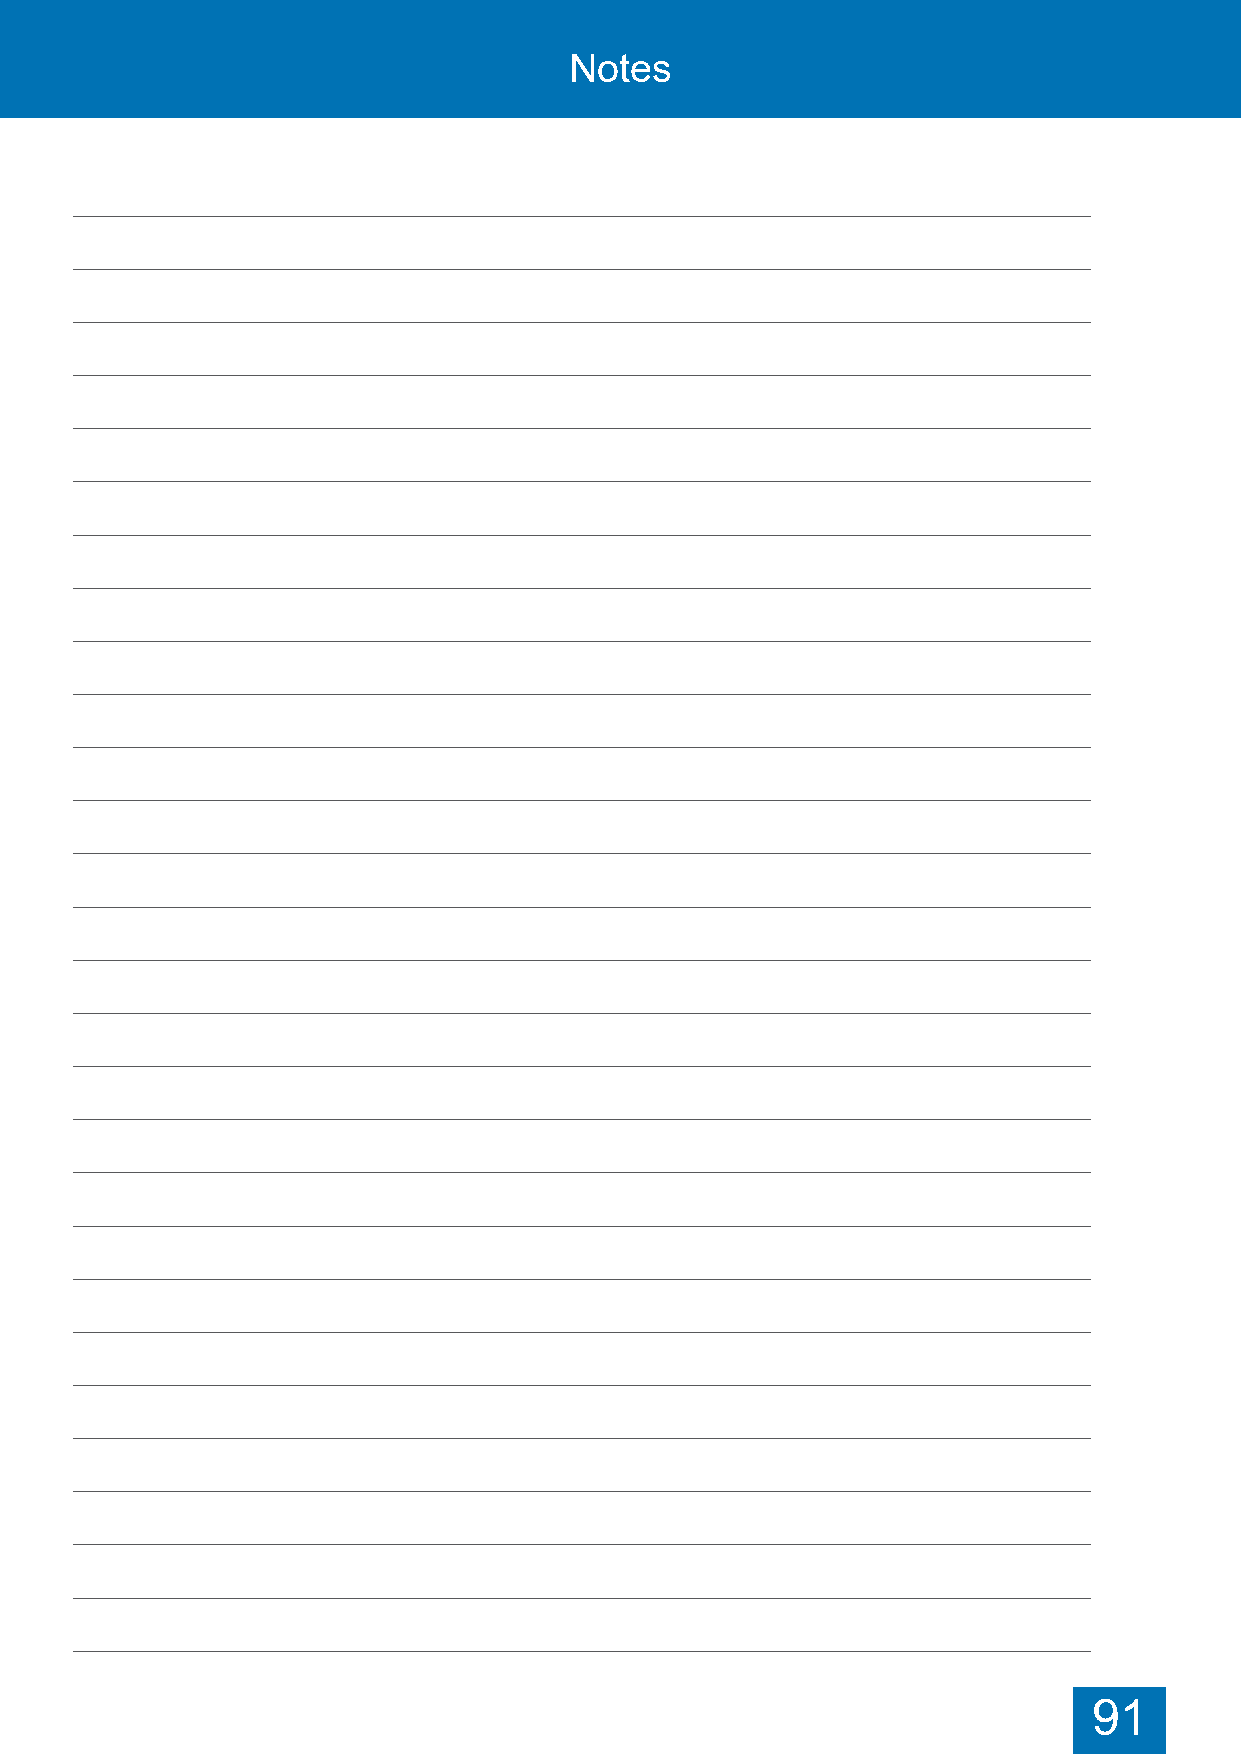
Notes                                 Notes
 91